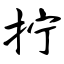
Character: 拧